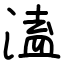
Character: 溘